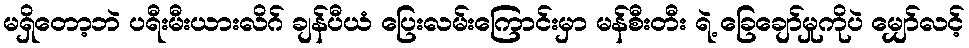
မရှိတော့ဘဲ ပရီးမီးယားလိဂ် ချန်ပီယံ ပြေးလမ်းကြောင်းမှာ မန်စီးတီး ရဲ့ ခြေချော်မှုကိုပဲ မျှော်လင့်